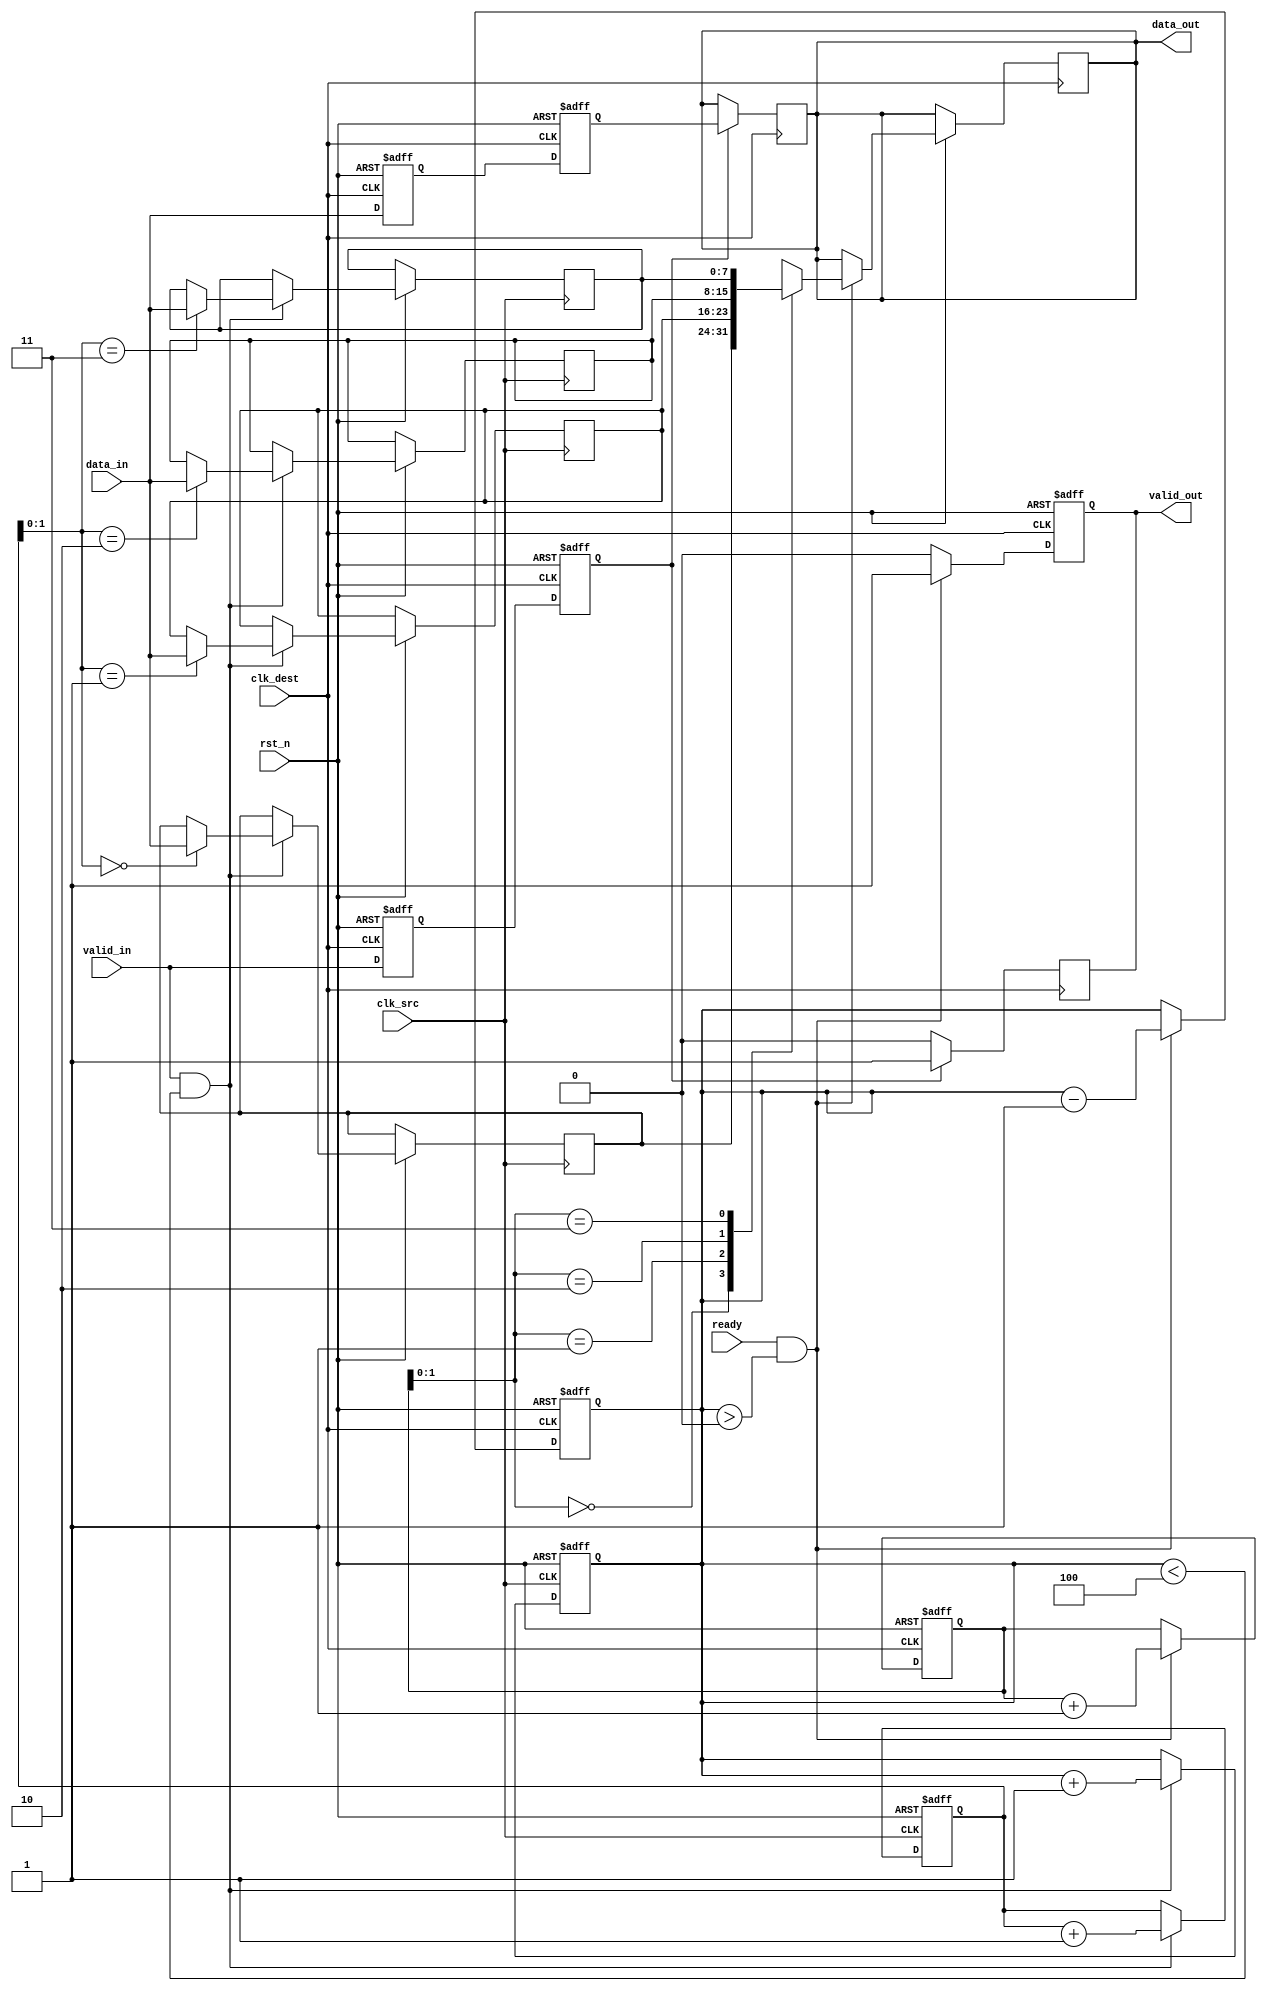
module memory_blocks_pipeline_synchronizer #(
    parameter DATA_WIDTH = 8,  // Width of the data bus
    parameter FIFO_DEPTH = 4    // Depth of the FIFO buffer
)(
    input wire clk_src,         // Source clock
    input wire clk_dest,        // Destination clock
    input wire rst_n,           // Active low reset
    input wire [DATA_WIDTH-1:0] data_in, // Data input from source clock domain
    input wire valid_in,        // Valid signal for data input
    output reg [DATA_WIDTH-1:0] data_out, // Synchronized data output
    output reg valid_out,       // Valid signal for output data
    input wire ready            // Ready signal from destination clock domain
);

    // FIFO buffer for data storage
    reg [DATA_WIDTH-1:0] fifo [0:FIFO_DEPTH-1];
    reg [2:0] write_ptr;       // Write pointer for FIFO
    reg [2:0] read_ptr;        // Read pointer for FIFO
    reg [2:0] count;           // Number of items in FIFO

    // Synchronization registers
    reg [DATA_WIDTH-1:0] sync_data_1;
    reg [DATA_WIDTH-1:0] sync_data_2;
    reg valid_sync_1;
    reg valid_sync_2;

    // Write logic (Source clock domain)
    always @(posedge clk_src or negedge rst_n) begin
        if (!rst_n) begin
            write_ptr <= 0;
            count <= 0;
        end else if (valid_in && (count < FIFO_DEPTH)) begin
            fifo[write_ptr] <= data_in;
            write_ptr <= write_ptr + 1;
            count <= count + 1;
        end
    end

    // Read logic (Destination clock domain)
    always @(posedge clk_dest or negedge rst_n) begin
        if (!rst_n) begin
            read_ptr <= 0;
            count <= 0;
            valid_out <= 0;
        end else if (ready && (count > 0)) begin
            data_out <= fifo[read_ptr];
            valid_out <= 1;
            read_ptr <= read_ptr + 1;
            count <= count - 1;
        end else begin
            valid_out <= 0;
        end
    end

    // Synchronization logic
    always @(posedge clk_dest or negedge rst_n) begin
        if (!rst_n) begin
            sync_data_1 <= 0;
            sync_data_2 <= 0;
            valid_sync_1 <= 0;
            valid_sync_2 <= 0;
        end else begin
            // Synchronize valid signal
            valid_sync_1 <= valid_in;
            sync_data_1 <= data_in;

            // Second stage of synchronization
            valid_sync_2 <= valid_sync_1;
            sync_data_2 <= sync_data_1;
        end
    end

    // Assign synchronized data and valid signal
    always @(posedge clk_dest) begin
        if (valid_sync_2) begin
            data_out <= sync_data_2;
            valid_out <= 1;
        end else begin
            valid_out <= 0;
        end
    end

endmodule